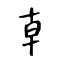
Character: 𠦝